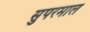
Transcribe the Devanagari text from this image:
सुपरमाल